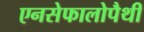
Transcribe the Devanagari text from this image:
एनसेफालोपैथी